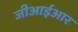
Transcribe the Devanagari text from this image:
जीआईआर